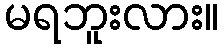
မရဘူးလား။